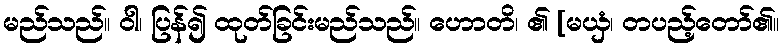
မည်သည်။ ဝါ၊ ပြန်၍ ထုတ်ခြင်းမည်သည်။ ဟောတိ၊ ၏ [မယှံ၊ တပည့်တော်၏။